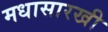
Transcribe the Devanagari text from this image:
मधासारखी